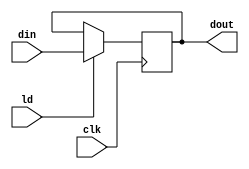
`timescale 1ns / 1ps
//////////////////////////////////////////////////////////////////////////////////
// Company: 
// Engineer: 
// 
// Design Name: 
// Module Name:    PIPO1 
// Project Name: 
// Target Devices: 
// Tool versions: 
// Description: 
//
// Dependencies: 
//
// Revision: 
// Revision 0.01 - File Created
// Additional Comments: 
//
//////////////////////////////////////////////////////////////////////////////////
module PIPO1(dout,din,ld,clk);
input [15:0]din;
input ld,clk;
output reg [15:0]dout;
always @(posedge clk)
if (ld) dout<=din;

endmodule